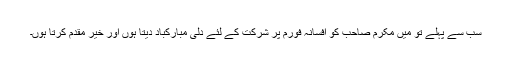
سب سے پہلے تو میں مکرم صاحب کو افسانہ فورم پر شرکت کے لئے دلی مبارکباد دیتا ہوں اور خیر مقدم کرتا ہوں۔